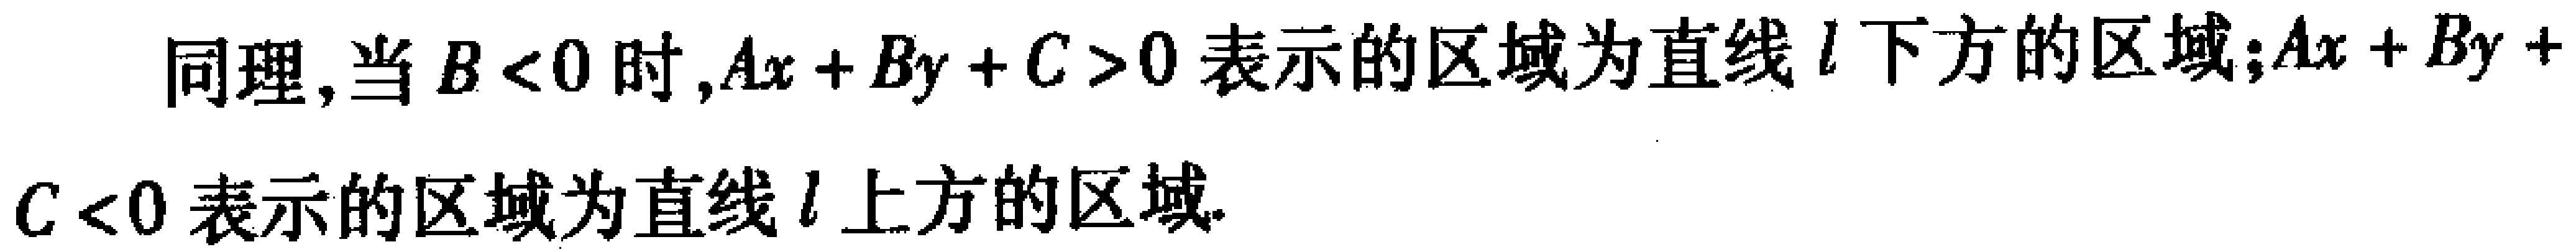
同理，当 \(B < 0\) 时,\(Ax + By + C > 0\) 表示的区域为直线 \(l\) 下方的区域；\(Ax + By + C < 0\) 表示的区域为直线 \(l\) 上方的区域.